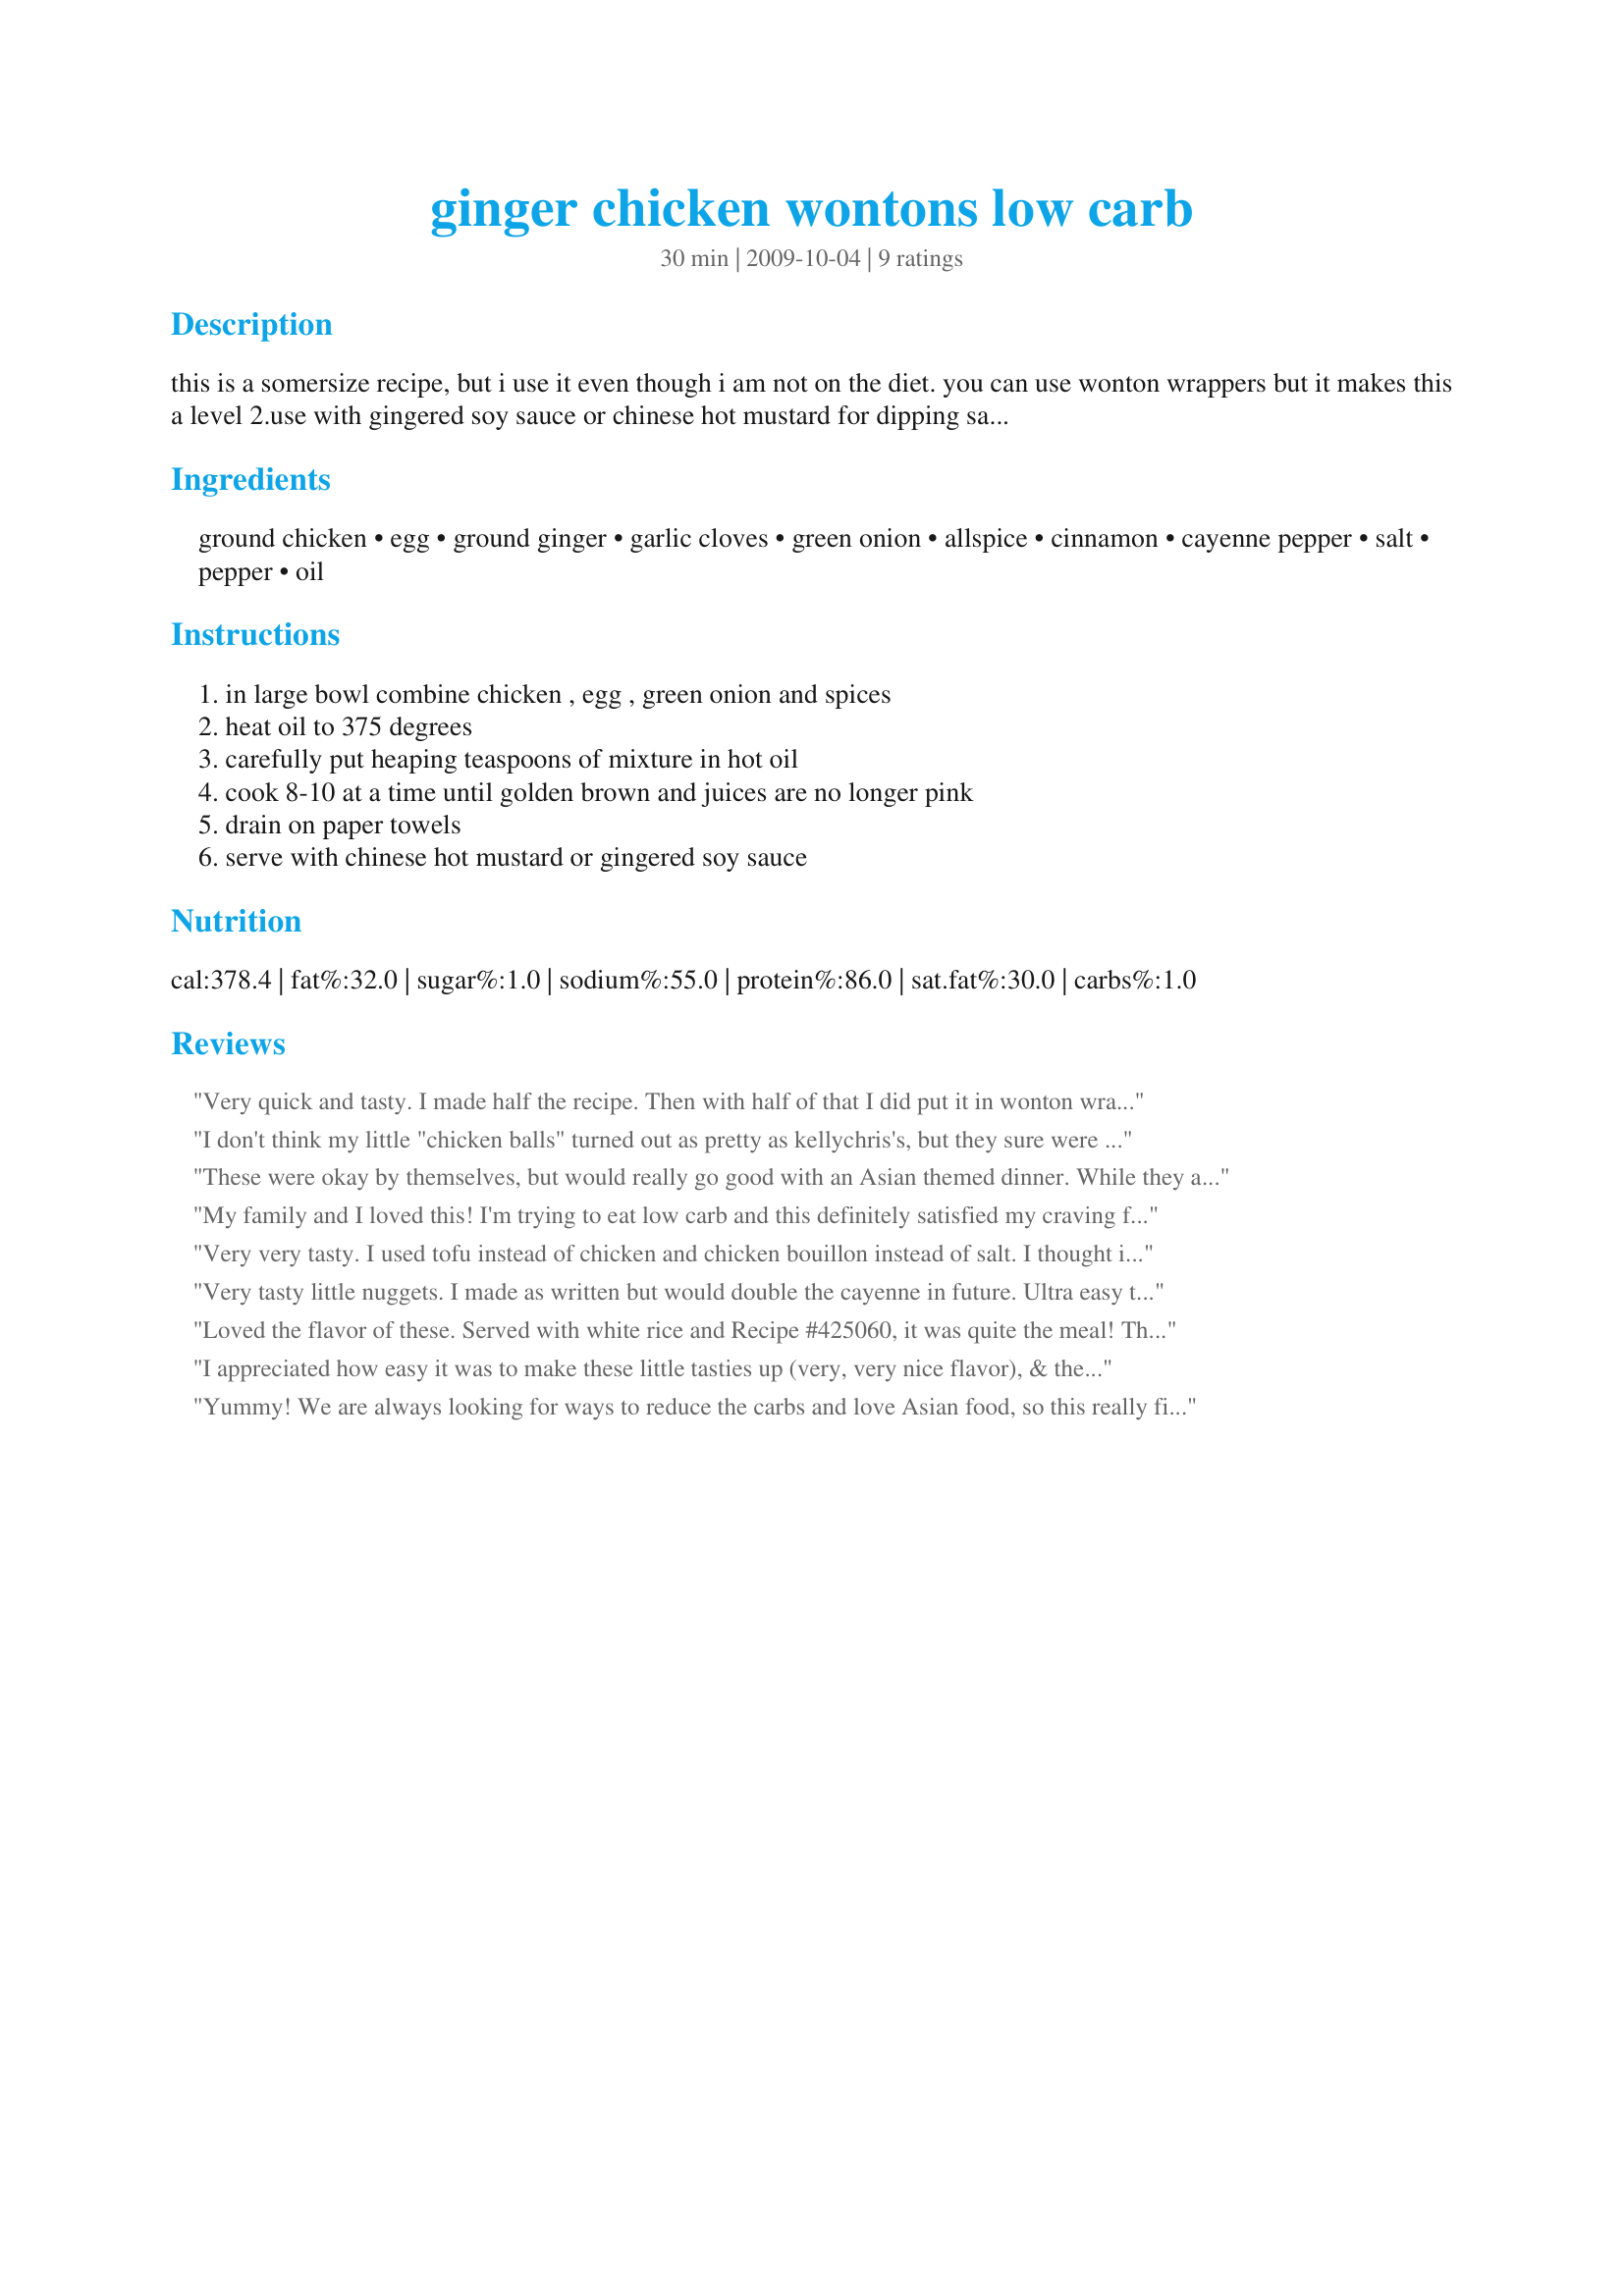
ginger chicken wontons low carb
Preparation time: 30 minutes

this is a somersize recipe, but i use it even though i am not on the diet. you can use wonton wrappers but it makes this a level 2.use with gingered soy sauce or chinese hot mustard for dipping sauce.

Ingredients:
ground chicken, egg, ground ginger, garlic cloves, green onion, allspice, cinnamon, cayenne pepper, salt, pepper, oil

Steps:
in large bowl combine chicken , egg , green onion and spices, heat oil to 375 degrees, carefully put heaping teaspoons of mixture in hot oil, cook 8-10 at a time until golden brown and juices are no longer pink, drain on paper towels, serve with chinese hot mustard or gingered soy sauce

Reviews:
Very quick and tasty. I made half the recipe. Then with half of that I did put it in wonton wrappers (just because I had some!). Great with the wrappers and without. I served them with soy sauce and nuoc mam dipping sauces. Made for ZWT 6.
I don't think my little "chicken balls" turned out as pretty as kellychris's, but they sure were delicious! I'm sure these are supposed to be Asian, but we dipped into tzatziki (sp?) sauce and loved it! Kids dunked in ketchup of course lol! Made for Zingo in ZWT6 by an Unruly Under the Influence. Thanks for sharing!
These were okay by themselves, but would really go good with an Asian themed dinner. While they are warm, they are good, but after they cool, they tend to get kinda hard. made for ZWT6
My family and I loved this! I'm trying to eat low carb and this definitely satisfied my craving for Asian food. I substituted fresh ground pork for the ground chicken and served it with gingered soy sauce and fried rice. I will definitely be making this again.
Very very tasty. I used tofu instead of chicken and chicken bouillon instead of salt. I thought it had a bit too much pepper, but my husband didn't mind. Because tofu does not stick together very well, I used wonton wrappers and fried half and boiled half. They turned out fantastic. The mix made more than enough to fill all 50 wonton wrappers. Thanks so much for the easy recipe! I love eating wontons and now I can have them inexpensively anytime! Made for team SSaSSy for ZWT6.
Very tasty little nuggets. I made as written but would double the cayenne in future. Ultra easy to make -- I wore latex gloves to mix the ingredients together by hand. Served with Recipe #359151 and Recipe #425009, but also like the idea of using a hot mustard sauce.
Loved the flavor of these. Served with white rice and Recipe #425060, it was quite the meal! Thnx for sharing your recipe, Elaniemay. Made for the Voracious Vagabonds of ZWT 6.
I appreciated how easy it was to make these little tasties up (very, very nice flavor), & they took almost no time at all to make! Now I have a great new way to serve up chicken! Definitely something I'll be making again, for sure! Thanks for sharing it! {made & reviewed during the ZINGO part of ZWT6}
Yummy! We are always looking for ways to reduce the carbs and love Asian food, so this really fit the bill. We would love the wonton wrappers, but skipped them this time around. Made as directed and served with hot mustard. Thanks for sharing these tasty little treats. Made for No Nonsense Nibblers of ZWT 6! :)
